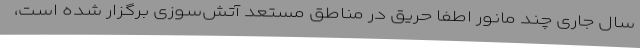
سال جاری چند مانور اطفا حریق در مناطق مستعد آتش‌سوزی برگزار شده است،